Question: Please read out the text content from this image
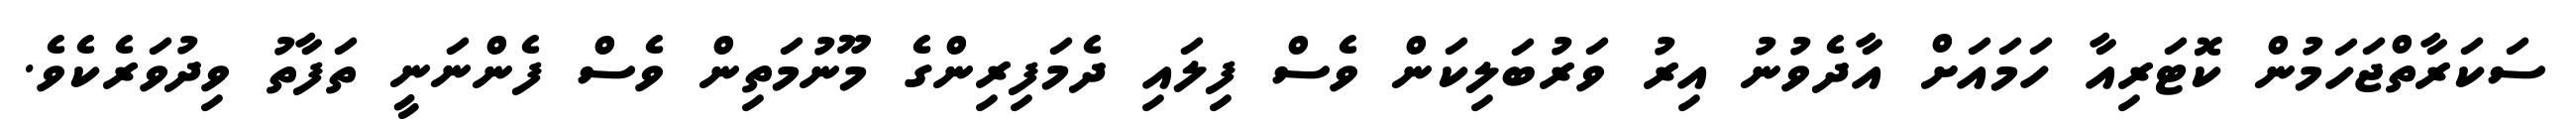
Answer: ސަކަރާތްޖަހަމުން ކޮޓަރިއާ ހަމައަށް އާދެވުނު އިރު ވަރުބަލިކަން ވެސް ފިލައި ދެމަފިރިންގެ މޫނުމަތިން ވެސް ފެންނަނީ ތަފާތު ވިދުވަރެކެވެ.